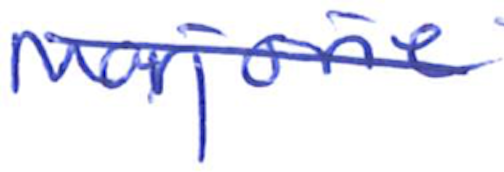
Text: Marjorie
Cross-out: diagonal
Writing tool: ballpoint